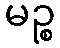
မဉ္စ